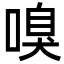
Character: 嗅